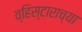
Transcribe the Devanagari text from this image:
व्हिस्टाराच्या